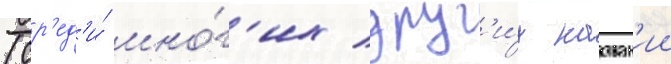
(ср'ед'и́ мно́г'их друг'и́х назван'ии